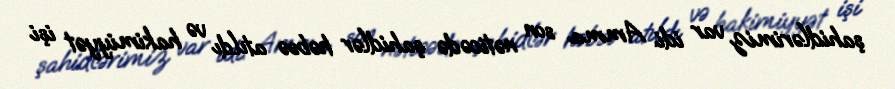
şahidlərimiz var idi. Amma son nəticədə şahidlər həbsə atıldı və hakimiyyət işi